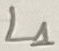
Text: L1